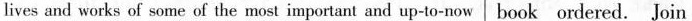
lives and works of some of the most important and up-to-now book ordered. Join